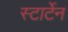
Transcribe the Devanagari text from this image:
स्टार्टेन